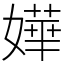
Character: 嬅